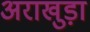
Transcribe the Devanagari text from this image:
अराखुड़ा